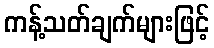
ကန့်သတ်ချက်များဖြင့်